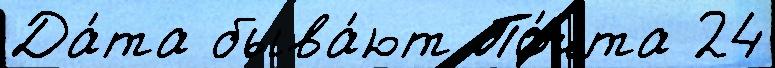
Да́та быва́ют По́чта 24